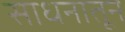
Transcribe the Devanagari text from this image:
साधनातून